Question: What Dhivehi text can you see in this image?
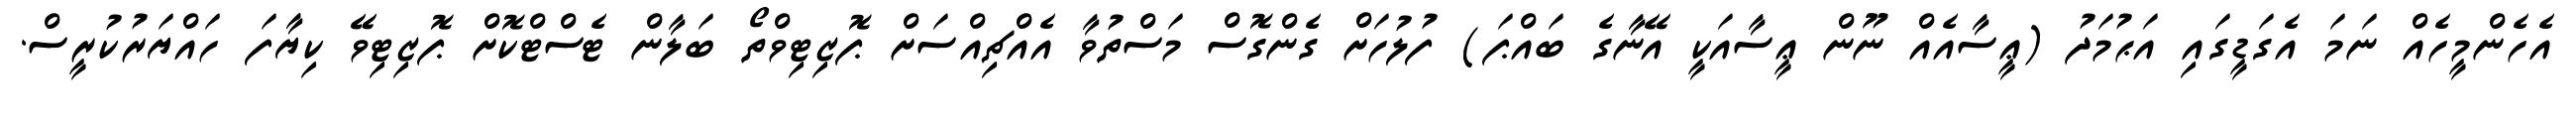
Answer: އެހެންމީހެއް ނަމަ އެގަޑީގައި އަޙުމަދު (ޢީސާއެއް ނޫން ޢީސާއަކީ އޭނާގެ ބައްޕަ) ފުލުހަށް ގެންގޮސް މަސްތުވާ އެއްޗިއްސަށް ޕޮޒިޓިވްތޯ ބަލާން ޓެސްޓްކޮށް ޕޮޒިޓިވޭ ކިޔާފަ ހައްޔަރުކުރީސް.